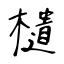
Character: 𣟧